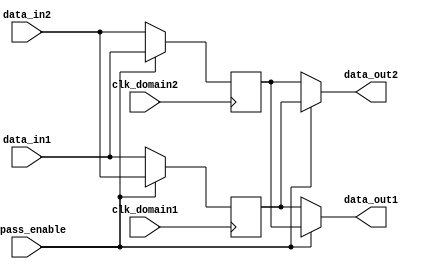
module two_way_bypass_register (
    input wire clk_domain1,
    input wire clk_domain2,
    input wire data_in1,
    input wire data_in2, 
    input wire bypass_enable, 
    output reg data_out1, 
    output reg data_out2
);

reg sync_data_in1;
reg sync_data_in2;

always @(posedge clk_domain1) begin
    if (bypass_enable)
        sync_data_in1 <= data_in2;
    else
        sync_data_in1 <= data_in1;
end

always @(posedge clk_domain2) begin
    if (bypass_enable)
        sync_data_in2 <= data_in1;
    else
        sync_data_in2 <= data_in2;
end

always @(*) begin
    if (bypass_enable)
        begin
            data_out1 = sync_data_in2;
            data_out2 = sync_data_in1;
        end
    else
        begin
            data_out1 = sync_data_in1;
            data_out2 = sync_data_in2;
        end
end

endmodule